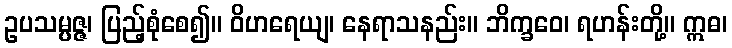
ဥပသမ္ပဇ္ဇ၊ ပြည့်စုံစေ၍။ ဝိဟရေယျ၊ နေရာသနည်း။ ဘိက္ခဝေ၊ ရဟန်းတို့။ ဣဓ၊